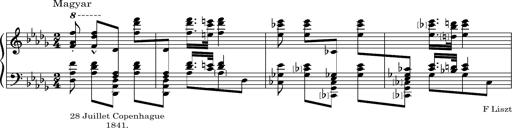
Title: 8 Album Leaves
Composer: Franz Liszt